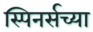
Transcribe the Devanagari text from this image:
स्पिनर्सच्या